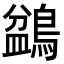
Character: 𪂽